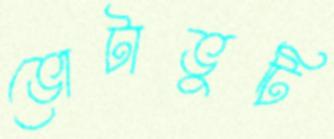
ভোটাভুটি